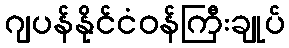
ဂျပန်နိုင်ငံဝန်ကြီးချုပ်